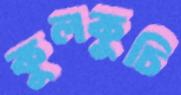
কুলকুচি